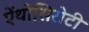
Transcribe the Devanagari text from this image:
ऐंथोसिरोटी